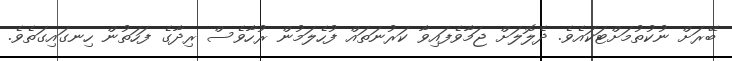
ބޭރަށް ނުކުތުމަށްޓަކައެވެ. ދެލޮލަށް ޖަމާވެފައިވާ ކަރުނަތައް ފުހެލަމުން ރުހާވެސް ރިދާގެ ފަހަތުން ހިނގައިގަތެވެ.